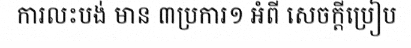
ការលះបង់ មាន ៣ប្រការ១ អំពី សេចក្តីប្រៀប